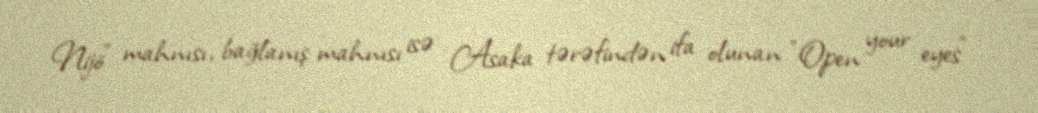
Nijō" mahnısı, bağlanış mahnısı isə Asaka tərəfindən ifa olunan "Open your eyes"